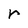
Character: r